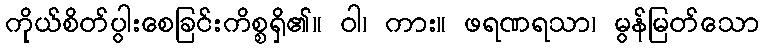
ကိုယ်စိတ်ပွါးစေခြင်းကိစ္စရှိ၏။ ဝါ၊ ကား။ ဖရဏရသာ၊ မွန်မြတ်သော